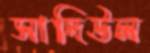
সাদিউল